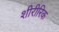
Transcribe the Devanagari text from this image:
शीरीरिक